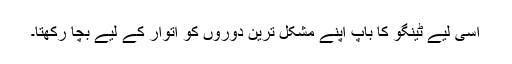
اسی لیے ٹینگو کا باپ اپنے مشکل ترین دوروں کو اتوار کے لیے بچا رکھتا۔